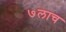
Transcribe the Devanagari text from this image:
७लाच